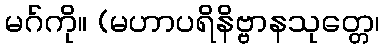
မဂ်ကို။ (မဟာပရိနိဗ္ဗာနသုတ္တေ၊